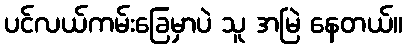
ပင်လယ်ကမ်းခြေမှာပဲ သူ အမြဲ နေတယ်။